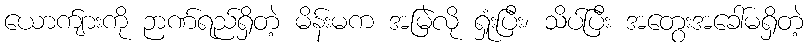
ယောက်ျားကို ဉာဏ်ရည်ရှိတဲ့ မိန်းမက အမြဲလို ရှုံးပြီး၊ သိပ်ပြီး အတွေးအခေါ်မရှိတဲ့